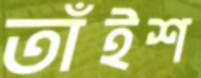
তাঁইশ